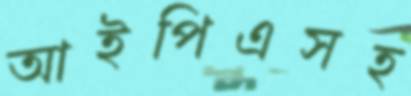
আইপিএসহ